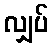
လျှပ်